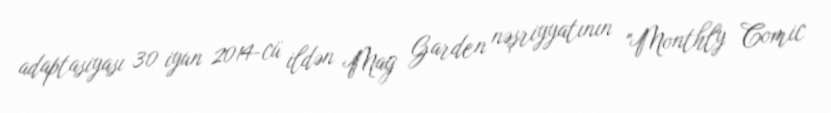
adaptasiyası 30 iyun 2014-cü ildən Mag Garden nəşriyyatının "Monthly Comic